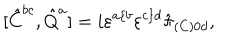
[ \hat { C } ^ { b c } , \hat { Q } ^ { a } ] = i \varepsilon ^ { a \{ b } \varepsilon ^ { c \} d } \hat { \pi } _ { ( C ) 0 d } ,